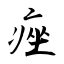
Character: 痤